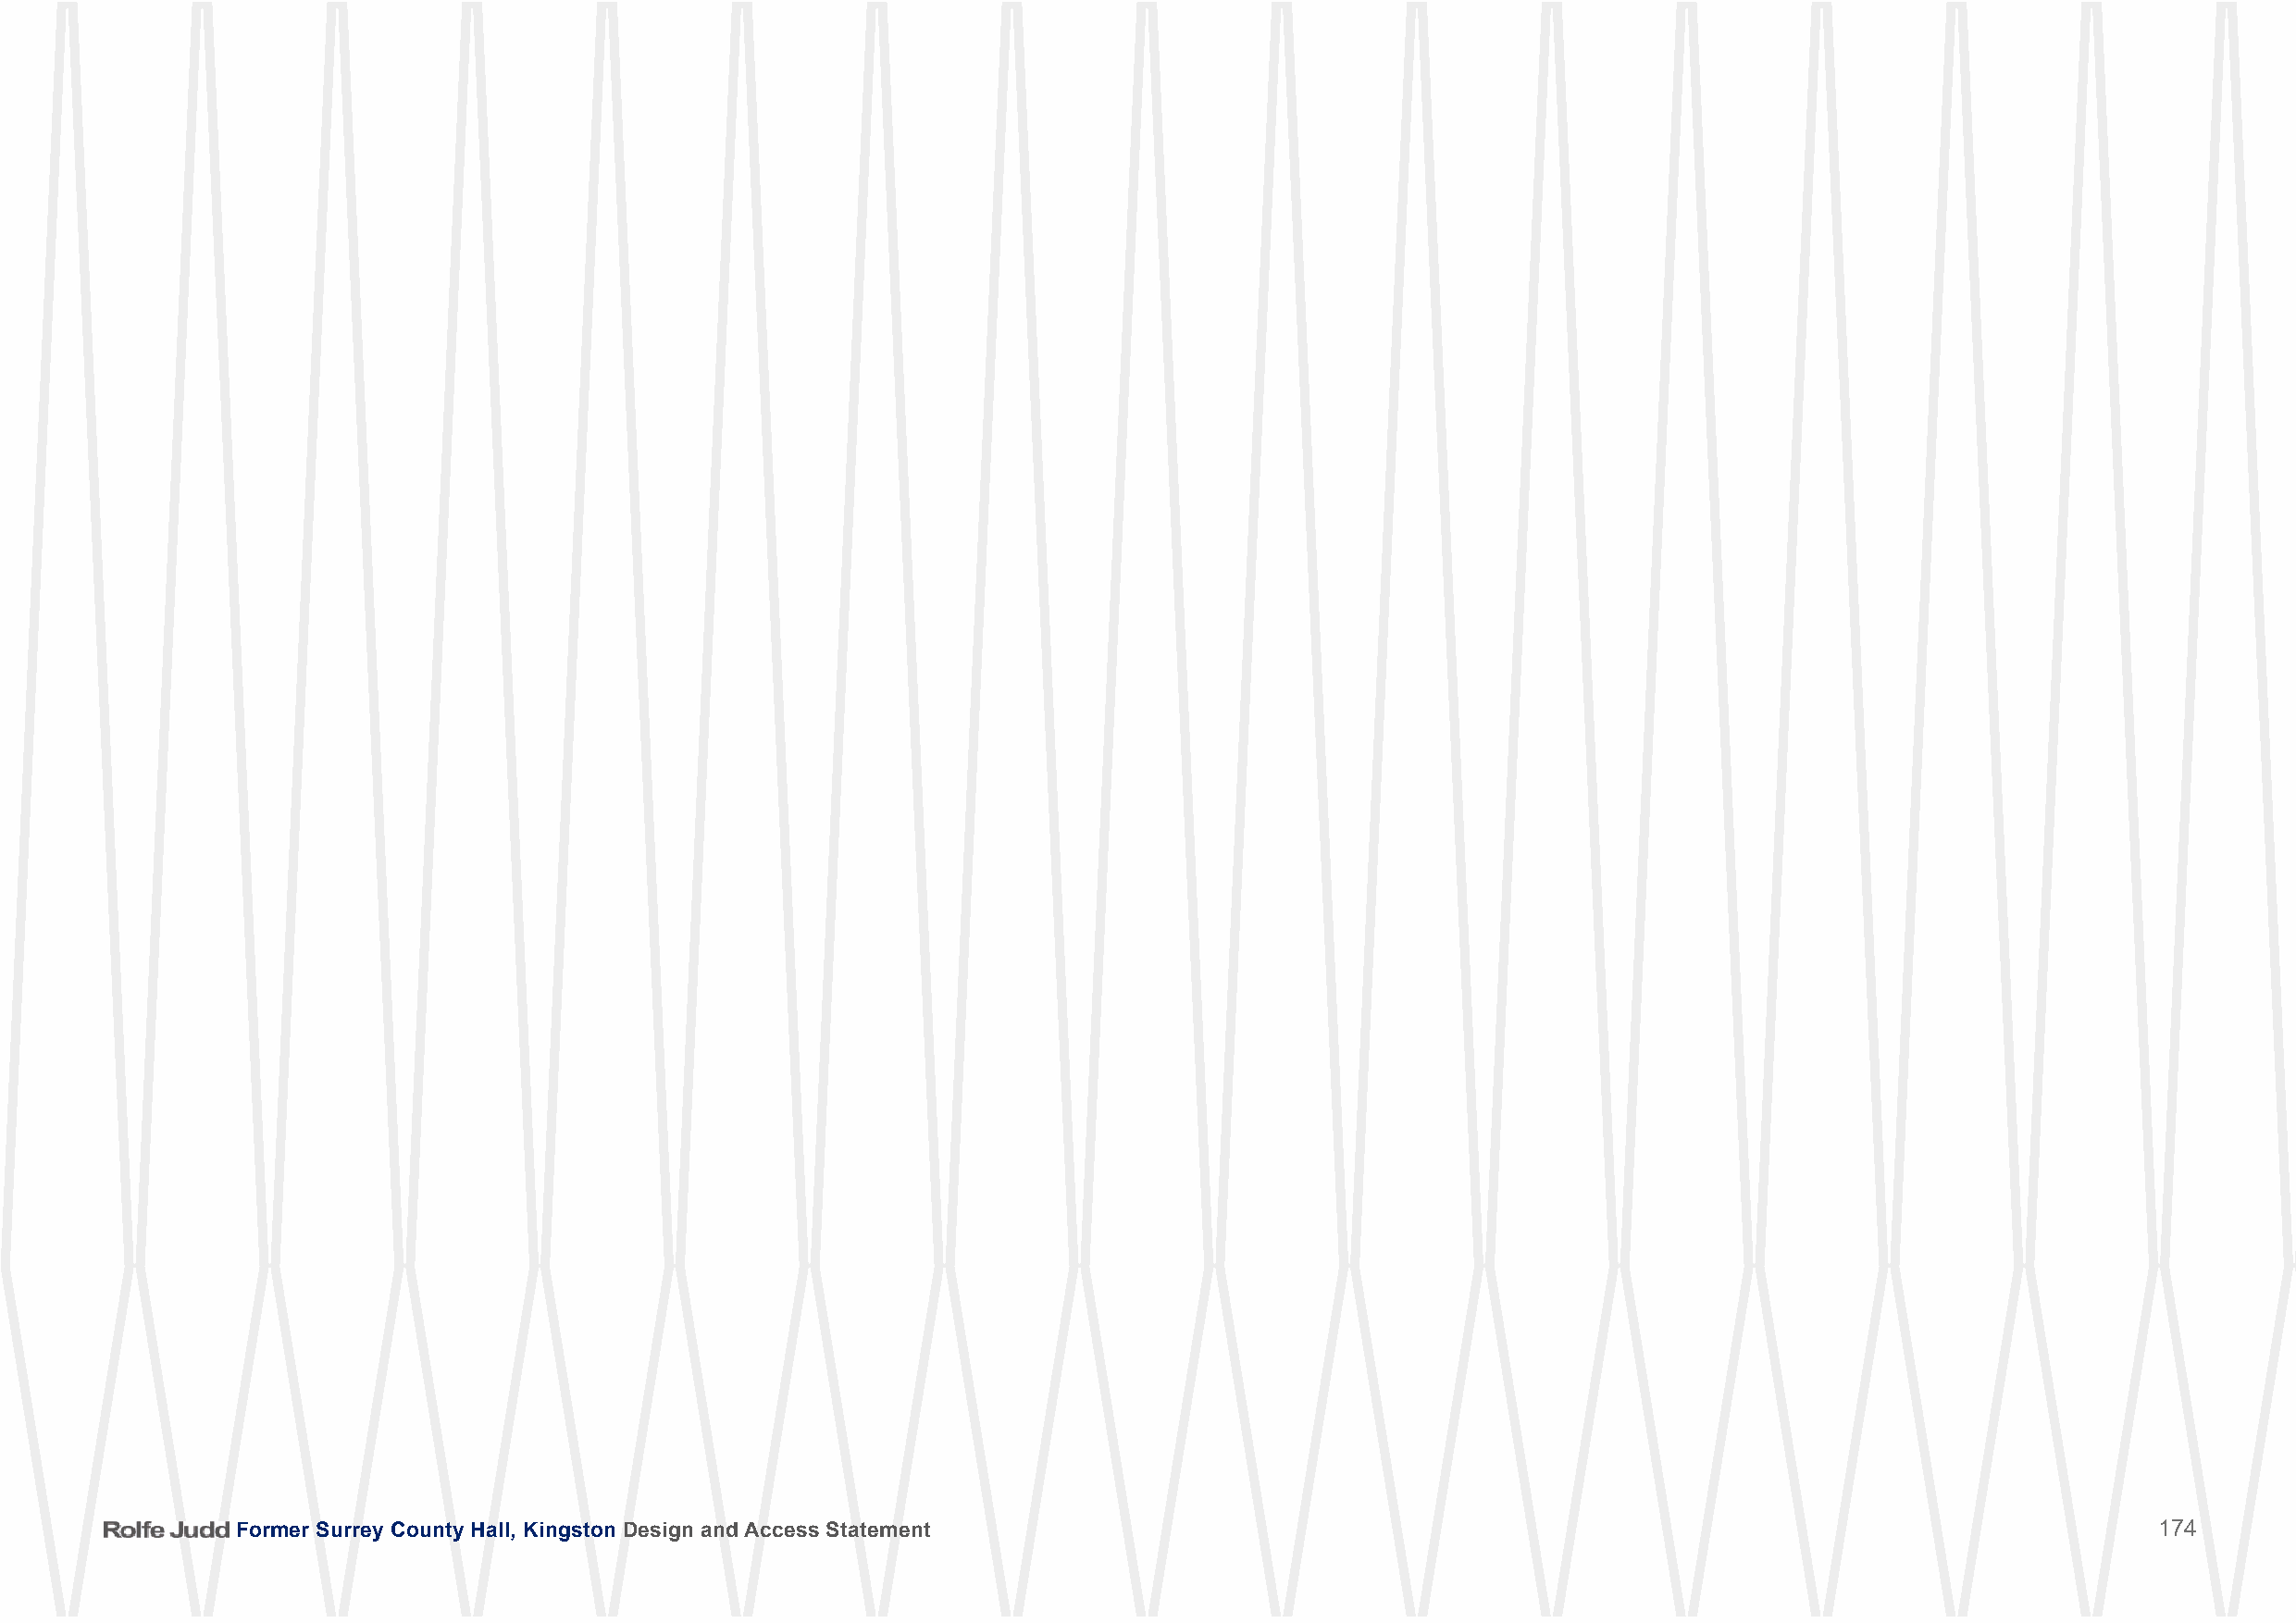
FFoorrmmeerr SSuurrrreeyy CCoouunnttyy HHaallll,, KKiinnggssttoonn DDeessiiggnn aanndd AAcccceessss SSttaatteemmeenntt                   174